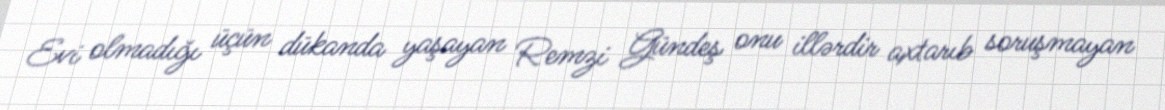
Evi olmadığı üçün dükanda yaşayan Remzi Gündeş onu illərdir axtarıb soruşmayan